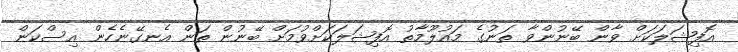
އޮފިޝަލަކަށް ވާން ބޭނުންވާ ތަނުގެ މައުލޫމާތު އޮފިޝަލަކަށްވުމަށް ބޭނުން ތަން އެނގޭނެހެން އިސްކަން